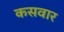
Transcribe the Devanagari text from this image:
कसवार